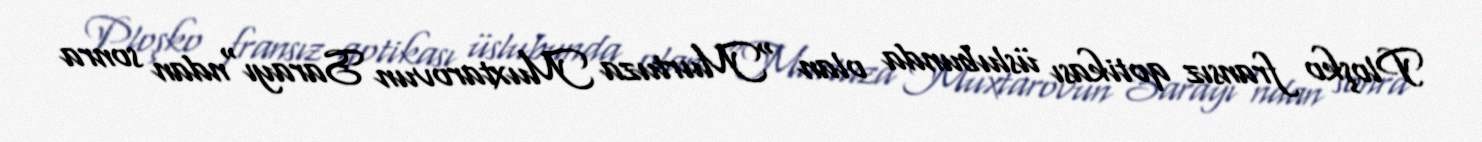
Ploşko fransız qotikası üslubunda olan "Murtuza Muxtarovun Sarayı"ndan sonra